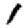
Digit: 1